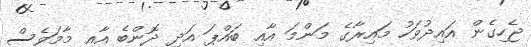
ޖެހިގެން އައިދުވަހު މައިރާގެ މަންމަ އާއި ބައްޕަ އަދި ދޮންބެ އާއި މާމަވެސް